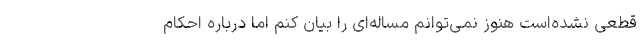
قطعی نشده‌است هنوز نمی‌توانم مساله‌ای را بیان کنم اما درباره احکام